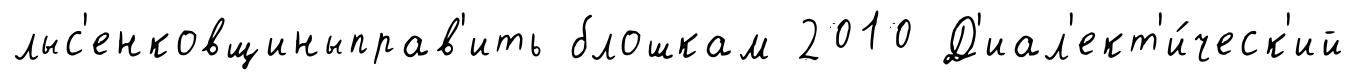
лыс'енковщиныправ'ить блошкам 2010 Д'иал'ект'и́ческ'ий